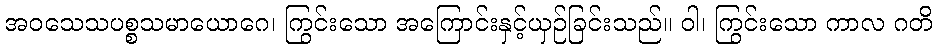
အဝသေသပစ္စသမာယောဂေ၊ ကြွင်းသော အကြောင်းနှင့်ယှဉ်ခြင်းသည်။ ဝါ၊ ကြွင်းသော ကာလ ဂတိ